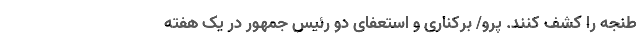
طنجه را کشف کنند. پرو/ برکناری و استعفای دو رئیس جمهور در یک هفته